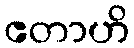
ဧတာဟိ